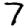
Digit: 7